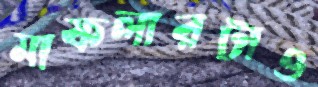
মাফলারটাও